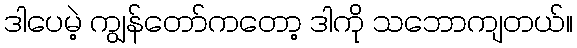
ဒါပေမဲ့ ကျွန်တော်ကတော့ ဒါကို သဘောကျတယ်။